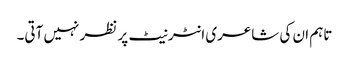
تاہم ان کی شاعری انٹرنیٹ پر نظر نہیں آتی۔